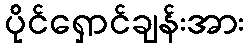
ပိုင်ရှောင်ချန်းအား